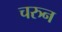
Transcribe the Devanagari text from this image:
चरुन